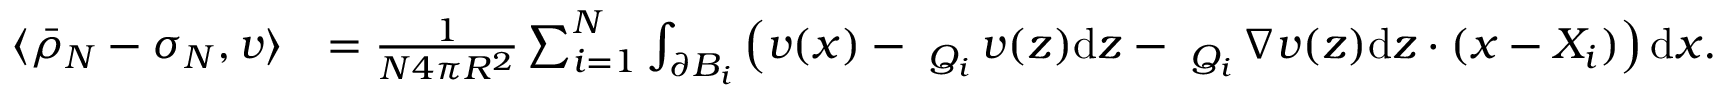
\begin{array} { r l } { \langle \bar { \rho } _ { N } - \sigma _ { N } , v \rangle } & { = \frac { 1 } { N 4 \pi R ^ { 2 } } \sum _ { i = 1 } ^ { N } \int _ { \partial B _ { i } } \left( v ( x ) - \fint _ { Q _ { i } } v ( z ) { \mathrm { d } } z - \fint _ { Q _ { i } } \nabla v ( z ) { \mathrm { d } } z \cdot ( x - X _ { i } ) \right) \mathrm { d } x . } \end{array}